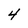
Character: 4